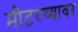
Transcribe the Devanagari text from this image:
मीटरच्यावर